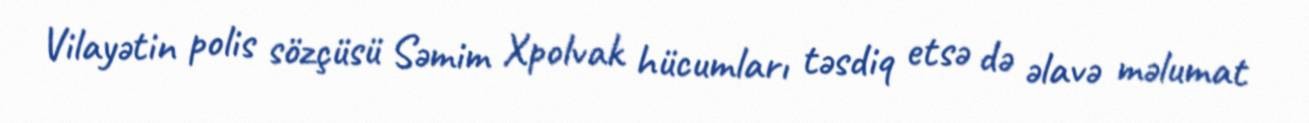
Vilayətin polis sözçüsü Səmim Xpolvak hücumları təsdiq etsə də əlavə məlumat